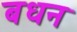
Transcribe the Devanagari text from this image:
बधन